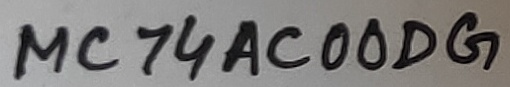
Text: MC74AC00DG